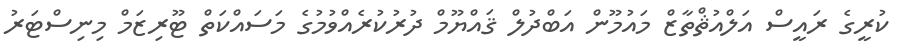
ކުރީގެ ރައީސް އަލްއުޘްތާޒް މައުމޫން އަބްދުލް ޤައްޔޫމް ދުރުކުރެއްވުމުގެ މަސައްކަތް ޓޫރިޒަމް މިނިސްޓަރު